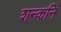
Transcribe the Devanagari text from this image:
शन्कनि